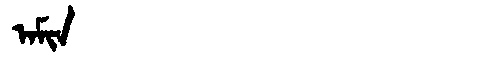
Manchu: ᠠᠮᡳᠨ
Romanization: AMIN